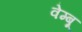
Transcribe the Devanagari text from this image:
वेम्बू